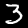
Digit: 3